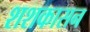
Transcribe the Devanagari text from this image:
शशकासन